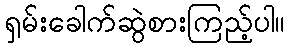
ရှမ်းခေါက်ဆွဲစားကြည့်ပါ။